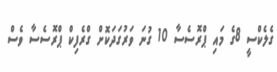
ގެލެކްސީ 8ގެ މައި ޕްރޮސެސާ 10 ގުނަ ވަރުގަދަކޮށް ގްރެފިކް ޕްރޮސެސާ ވެސް